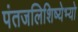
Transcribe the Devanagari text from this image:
पंतजलिशिष्येभ्यो